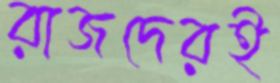
রাজদেরই